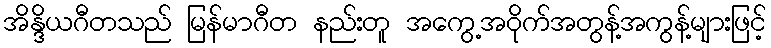
အိန္ဒိယဂီတသည် မြန်မာဂီတ နည်းတူ အကွေ့အဝိုက်အတွန့်အကွန့်များဖြင့်